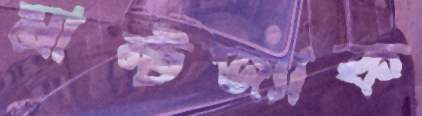
মান্টজ্যাক